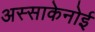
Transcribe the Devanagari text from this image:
अस्साकेनोई